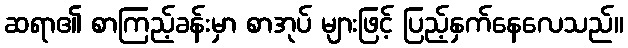
ဆရာ၏ စာကြည့်ခန်းမှာ စာအုပ် များဖြင့် ပြည့်နှက်နေလေသည်။